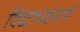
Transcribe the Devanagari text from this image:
विद्याभवनाने